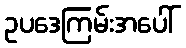
ဥပဒေကြမ်းအပေါ်